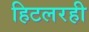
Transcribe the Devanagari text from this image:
हिटलरही